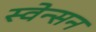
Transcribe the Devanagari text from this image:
स्वेन्सन